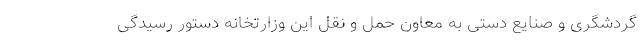
گردشگری و صنایع دستی به معاون حمل و نقل این وزارتخانه دستور رسیدگی